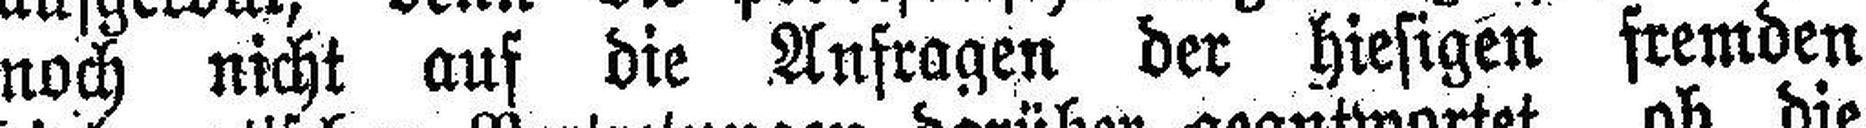
noch nicht auf die Anfragen der hiesigen fremden